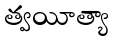
త్వయీత్యా